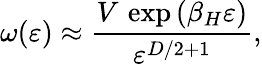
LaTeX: \omega(\varepsilon)\approx{\frac{V\, \exp{(\beta_{H}\varepsilon)}}{\varepsilon^{D/2+1}}},